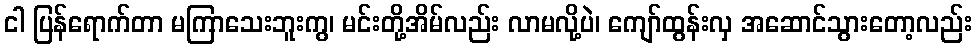
ငါ ပြန်ရောက်တာ မကြာသေးဘူးကွ၊ မင်းတို့အိမ်လည်း လာမလို့ပဲ၊ ကျော်ထွန်းလှ အဆောင်သွားတော့လည်း